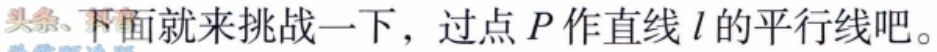
下面就来挑战一下，过点 \(P\) 作直线 \(l\) 的平行线吧。